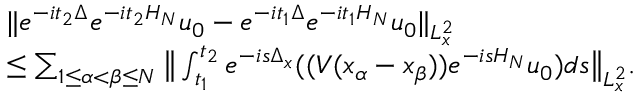
\begin{array} { r l } & { \| e ^ { - i t _ { 2 } \Delta } e ^ { - i t _ { 2 } H _ { N } } u _ { 0 } - e ^ { - i t _ { 1 } \Delta } e ^ { - i t _ { 1 } H _ { N } } u _ { 0 } \| _ { L _ { x } ^ { 2 } } } \\ & { \leq \sum _ { 1 \leq \alpha < \beta \leq N } \big \| \int _ { t _ { 1 } } ^ { t _ { 2 } } e ^ { - i s \Delta _ { x } } ( ( V ( x _ { \alpha } - x _ { \beta } ) ) e ^ { - i s H _ { N } } u _ { 0 } ) d s \big \| _ { L _ { x } ^ { 2 } } . } \end{array}